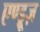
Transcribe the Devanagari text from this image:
एण्ड्रूज़